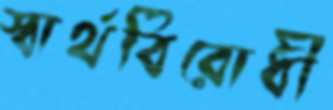
স্বার্থবিরোধী